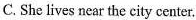
C.She lives near the city center.